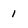
Character: 1